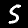
Digit: 5